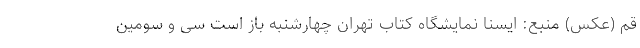
قم (عکس) منبع: ایسنا نمایشگاه کتاب تهران چهارشنبه باز است سی و سومین